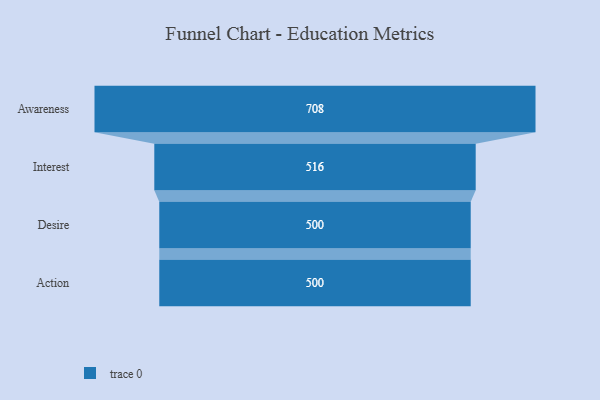
{"axis": {"x": "Stage", "y": "Value"}, "legend": [""], "data": [{"x": "Awareness", "y": 708.0, "type": ""}, {"x": "Interest", "y": 516.0, "type": ""}, {"x": "Desire", "y": 500, "type": ""}, {"x": "Action", "y": 500, "type": ""}]}